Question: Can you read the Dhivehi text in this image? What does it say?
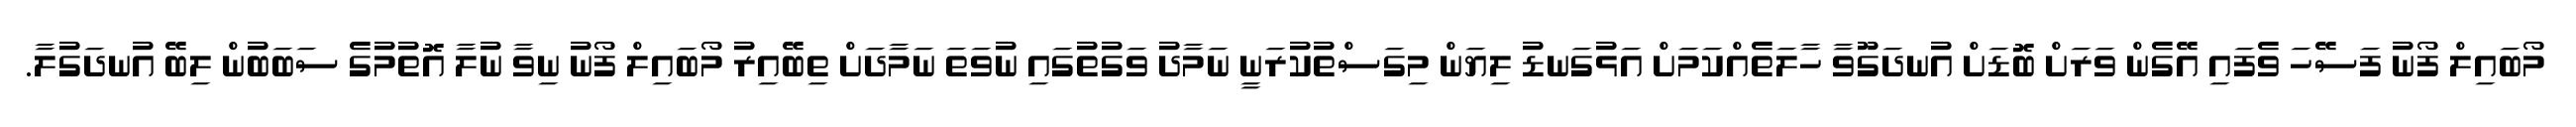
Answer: މޯބައިލް ފޯނު ފަސޭހަ ވެފައި އޭގެން ވަރަށް ބޮޑަށް އުނދަގޫވާ ހާލަތެއްކަމަށް އަޅުގަނޑު ލިޔަން މިގަސްތުކުރަނީ ނަމާދު ވަގުތުގައި ނުވަތަ ނަމާދަށް ތިބޭއިރު މޯބައިލް ފޯނު ނިވާ ނުލާ އޮތުމުގެ ސަބަބުން ލިބޭ އުނދަގުލާ.